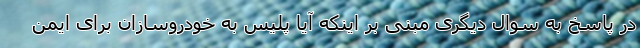
در پاسخ به سوال دیگری مبنی بر اینکه آیا پلیس به خودروسازان برای ایمن